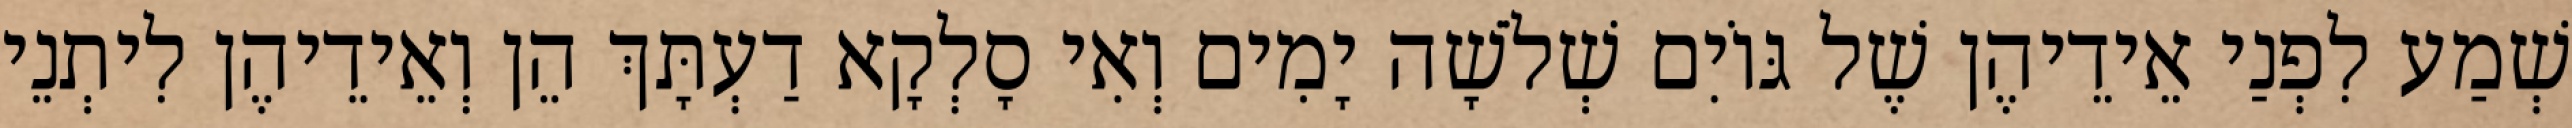
שְׁמַע לִפְנַי אֵידֵיהֶן שֶׁל גּוֹיִם שְׁלֹשָׁה יָמִים וְאִי סָלְקָא דַעְתָּךְ הֵן וְאֵידֵיהֶן לִיתְנֵי